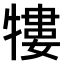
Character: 𤛠